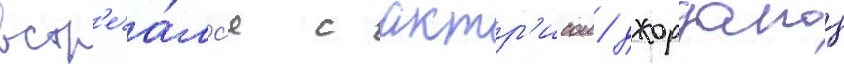
встр'еча́лс'я с актр'исои джорданои